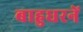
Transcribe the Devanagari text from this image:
बाहुधरनें